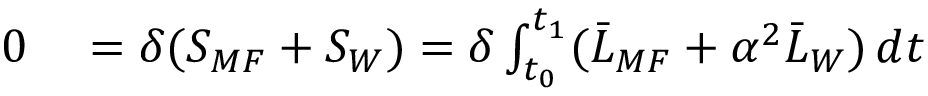
\begin{array} { r l } { 0 } & { { } = \delta ( S _ { M F } + S _ { W } ) = \delta \int _ { t _ { 0 } } ^ { t _ { 1 } } ( \bar { L } _ { M F } + \alpha ^ { 2 } \bar { L } _ { W } ) \, d t } \end{array}